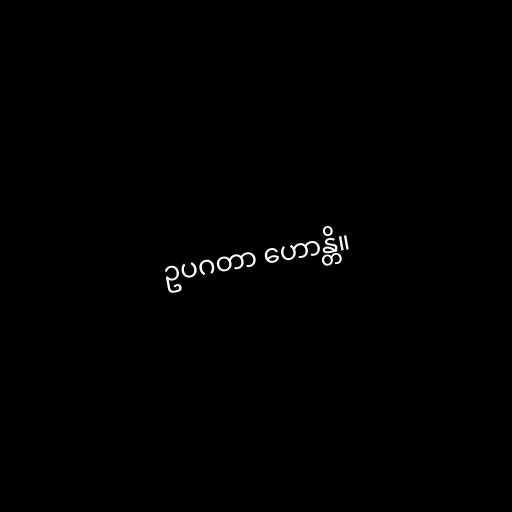
ဥပဂတာ ဟောန္တိ။